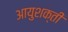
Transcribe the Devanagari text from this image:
आयुशक्ती